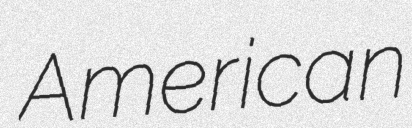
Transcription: American